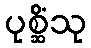
ပုစ္ဆိံသု